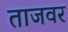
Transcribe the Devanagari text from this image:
ताजवर